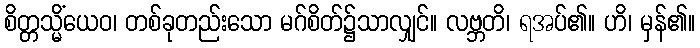
စိတ္တသ္မိံယေဝ၊ တစ်ခုတည်းသော မဂ်စိတ်၌သာလျှင်။ လဗ္ဘတိ၊ ရအပ်၏။ ဟိ၊ မှန်၏။